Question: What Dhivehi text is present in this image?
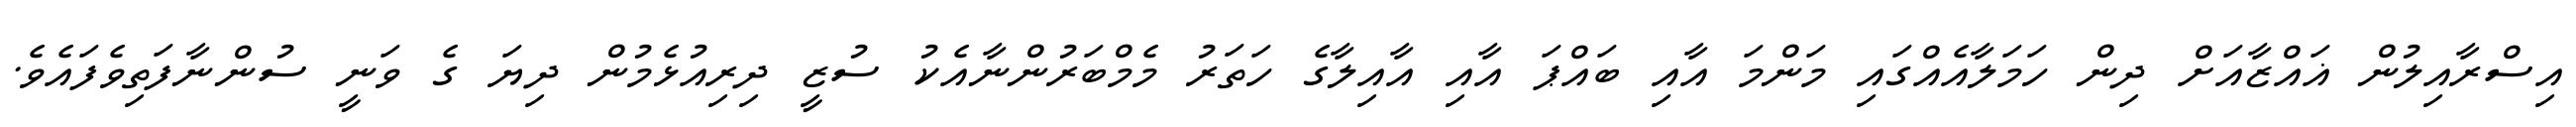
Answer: އިސްރާއިލުން ޣައްޒާއަށް ދިން ހަމަލާއެއްގައި މަންމަ އާއި ބައްޕަ އާއި އާއިލާގެ ހަތަރު މެމްބަރުންނާއެކު ސުޒީ ދިރިއުޅެމުން ދިޔަ ގެ ވަނީ ސުންނާފަތިވެފައެވެ.